Leaving Certificate Examination, 1915
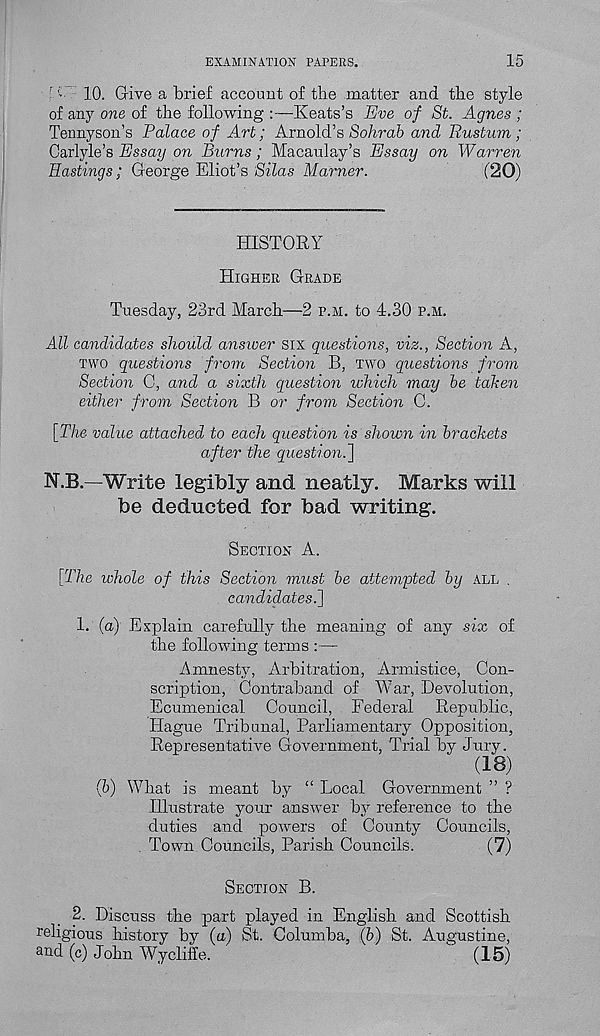
EXAMINATION PAPERS.
15
r '' 10. Give a brief account of the matter and the style
of any one of the following :—Keats’s Eve of St. Agnes ;
Tennyson’s Palace of Art; Arnold’s Sohrab and Rustum;
Carlyle’s Essay on Burns; Macaulay’s Essay on Warren
Eastings; George Eliot’s Silas Manner.
(20)
HISTORY
HIGHER GRADE
Tuesday, 23rd March—2 P.M. to 4.30 P.M.
All candidates should answer six questions, viz., Section A,
TWO questions from Section B, TWO questions from
Section C, and a sixth question which may be taken
either from Section B or from Section C.
[The value attached to each question is shown in brackets
after the question.']
N.B.—Write legibly and neatly. Marks will
be deducted for bad writing.
SECTION A.
[The whole of this Section must be attempted by ALL .
candidates.]
1. (a) Explain carefully the meaning of any six of
the following terms :—
Amnesty, Arbitration, Armistice, Con-
scription, Contraband of War, Devolution,
Ecumenical Council, Federal Republic,
Hague Tribunal, Parliamentary Opposition,
Representative Government, Trial by Jury.
(18)
(b) What is meant by “ Local Government ” ?
Illustrate your answer by reference to the
duties and powers of County Councils,
Town Councils, Parish Councils.
(7)
SECTION B.
2. Discuss the part played in English and Scottish
religious history by (a) St. Columba, (b) St. Augustine,
and (c) John Wycliffe. '
" (15)